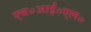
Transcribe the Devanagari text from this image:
एच०आई०एल०